Virumaa_algkoolid, lk 4
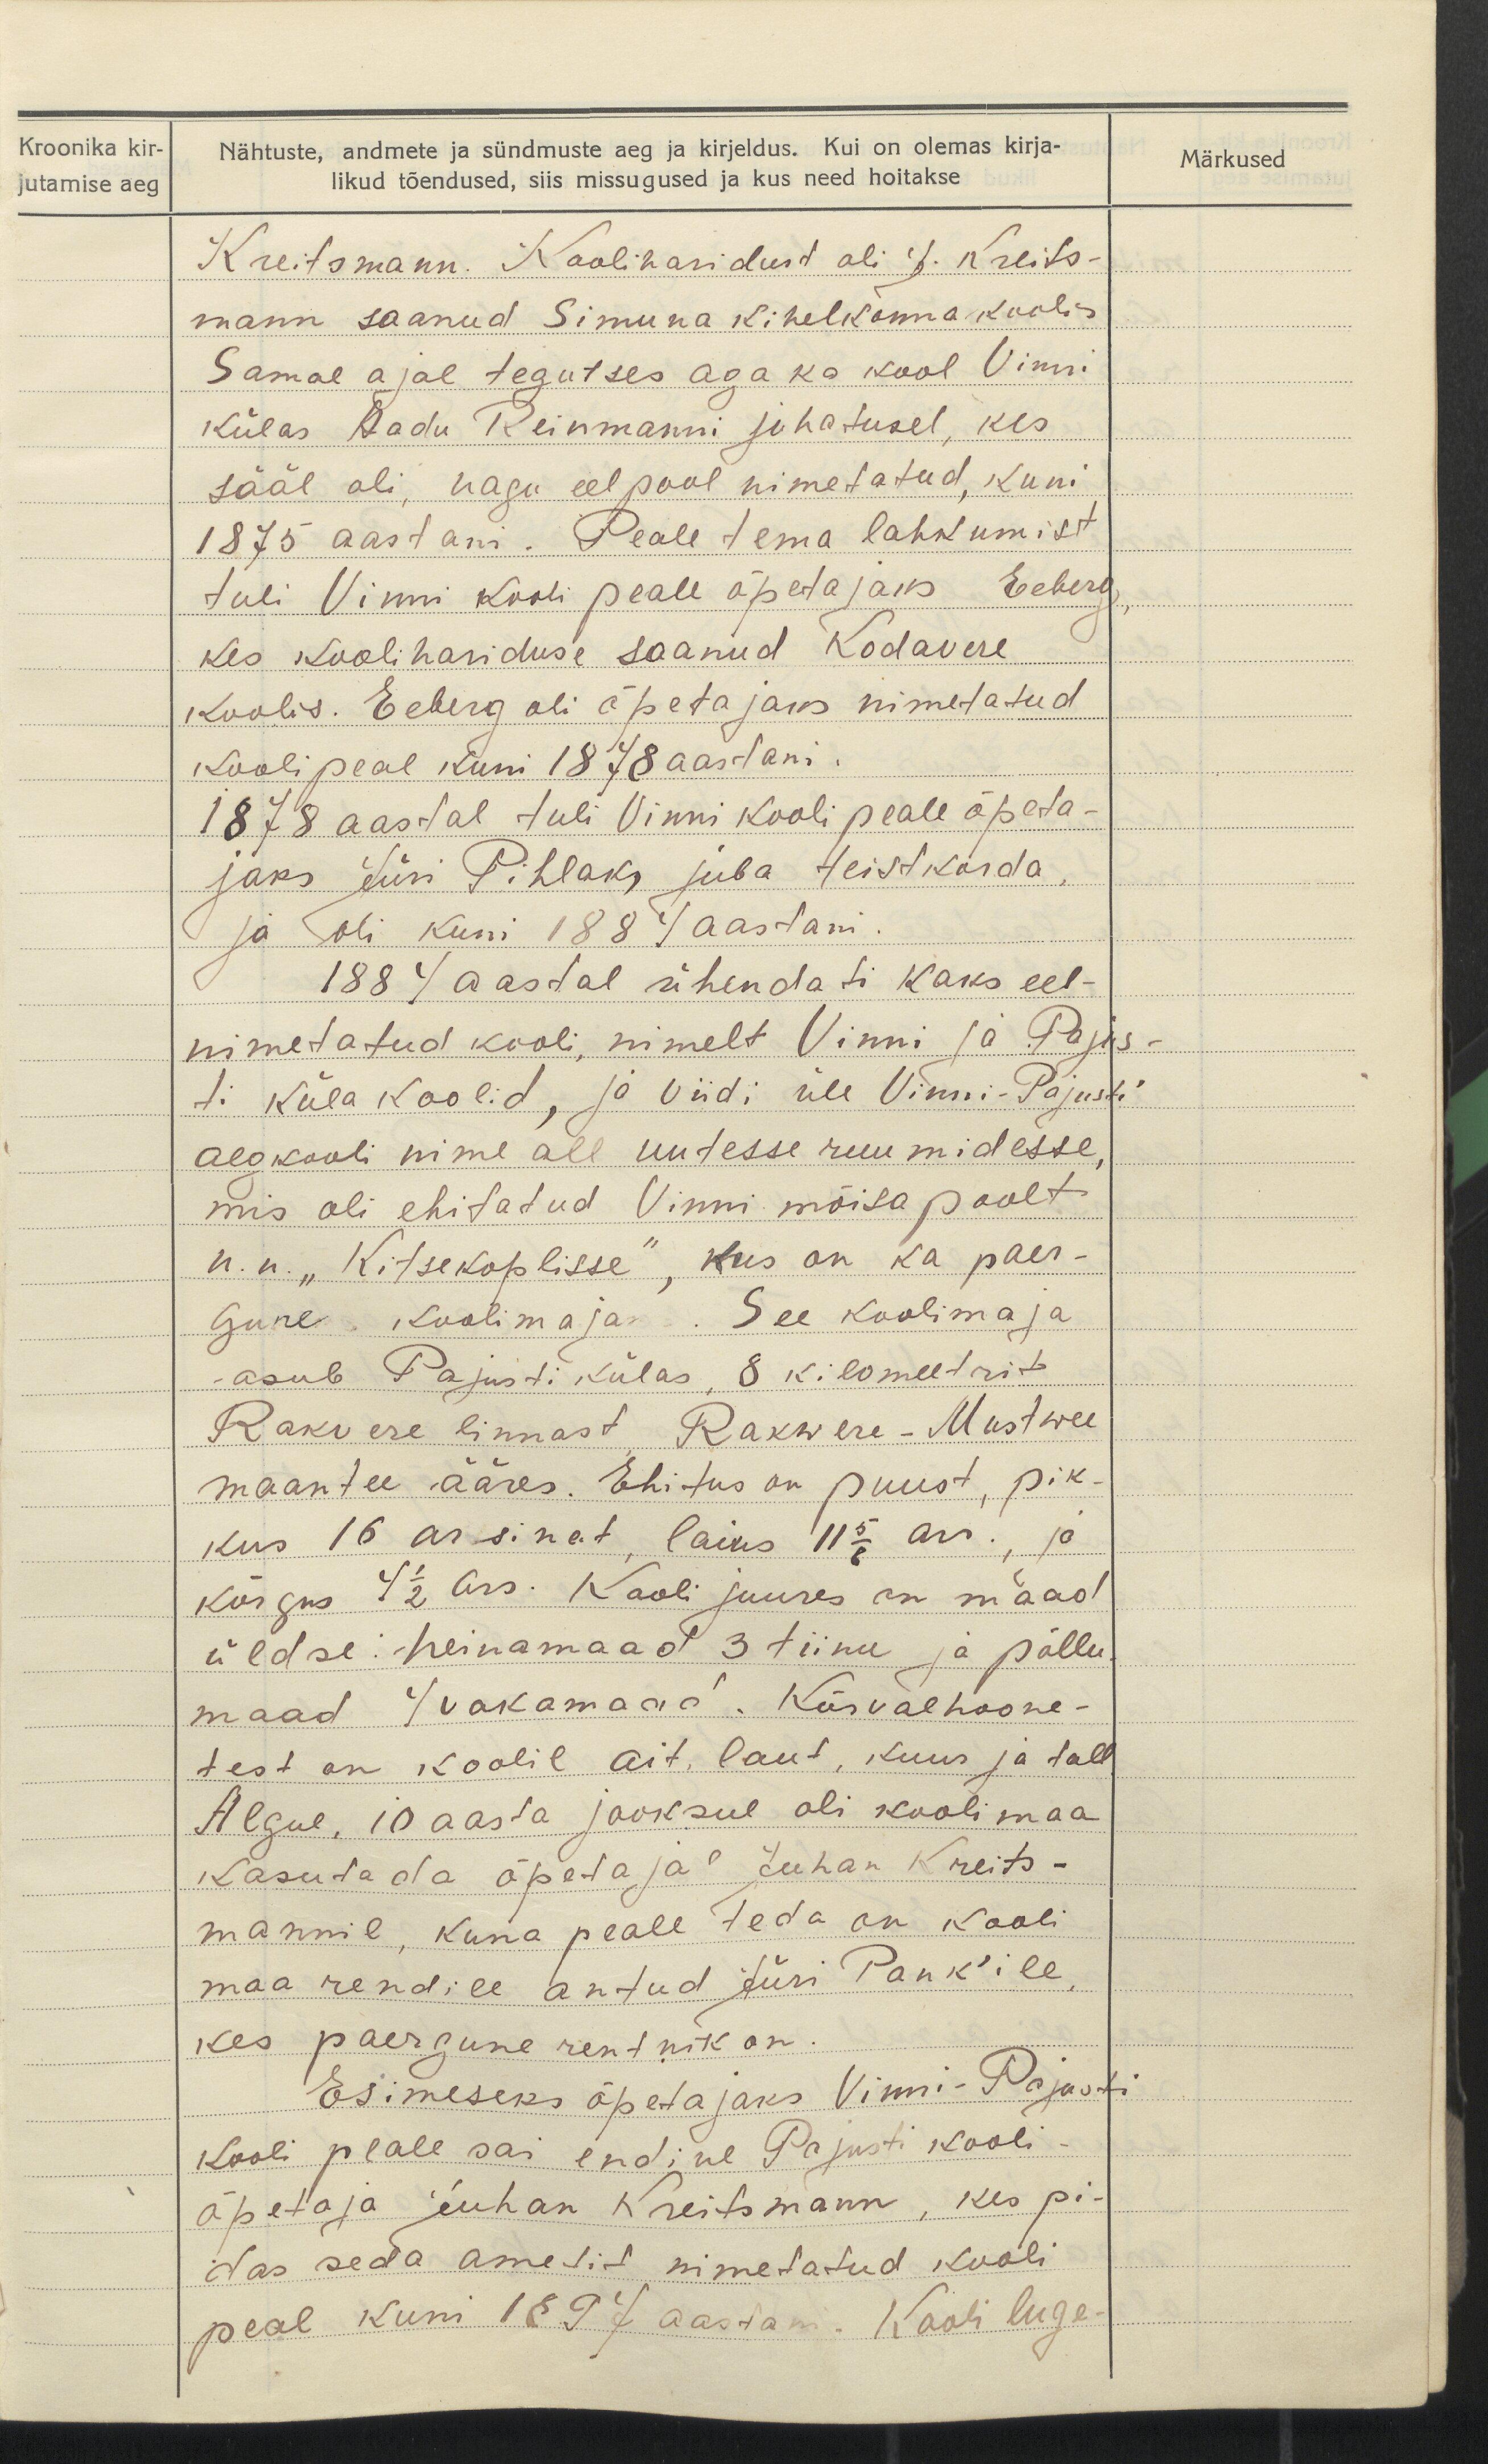
Kroonika kir-
jutamise aeg

Märkused

Nähtuste, andmete ja sündmuste aeg ja kirjeldus. Kui on olemas kirja-
likud tõendused, siis missugused ja kus need hoitakse
Kreitsmann. Kooliharidust oli J. Kreits-
mann saanud Simuna kihelkonnakoolis
Samal ajal tegutses aga ka kool Vinni
külas Aadu Reinmanni juhatusel, kes
sääl oli, nagu eelpool nimetatud, kuni
1875 aastani. Peale tema lahkumist
tuli Vinni kooli peale õpetajaks Eeberg,
kes koolihariduse saanud Kodavere
koolis. Eeberg oli õpetajaks nimetatud
kooli peal kuni 1878 aastani.
1878 aastal tuli Vinni kooli peale õpeta-
jaks Jüri Pihlak juba teistkorda
ja oli kuni 1887 aastani.
1887 aastal ühendati kaks eel-
nimetatud kooli, nimelt Vinni ja Pajus-
ti küla koolid, ja viidi üle Vinni-Pajusti
algkooli nime all uutesse ruumidesse,
mis oli ehitatud Vinni mõisa poolt
n. u. "Kitsekoplisse", kus on ka paer-
gune koolimaja. See koolimaja
asub Pajusti külas, 8 kilomeetrit
Rakvere linnast Rakwere-Mustwee
maantee ääres. Ehitus on puust, pik-
kus 16 arsinat, laius 11 5/8 ars., ja
kõrgus 4 1/2 ars. Kooli juures on maad
üldse - heinamaad 3 tiinu ja põllu-
maad 4 vakamaad. Kõrvalhoone-
test on koolil ait, laut, kuur ja tall.
Algul, 10 aasta jooksul oli koolimaa
kasutada õpetaja Juhan Kreits-
mannil, kuna peale teda on kooli
maa rendile antud Jüri Pank'ile,
kes paergune rentnik on.
Esimeseks õpetajaks Vinni-Pajasti
kooli peale sai endine Pajusti kooli
õpetaja juhan Kreitsmann, kes pi-
das seda ametit nimetatud kooli
peal kuni 1897 aastani. Kooli luge-